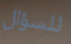
للسؤال